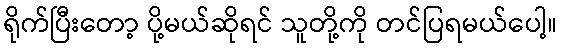
ရိုက်ပြီးတော့ ပို့မယ်ဆိုရင် သူတို့ကို တင်ပြရမယ်ပေါ့။